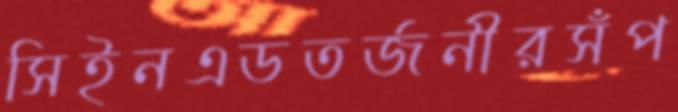
সিইনএডতর্জনীরসঁপ